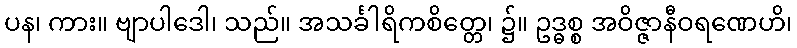
ပန၊ ကား။ ဗျာပါဒေါ၊ သည်။ အသင်္ခါရိကစိတ္တေ၊ ၌။ ဥဒ္ဓစ္စ အဝိဇ္ဇာနီဝရဏေဟိ၊